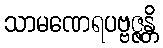
သာမဏေရပဗ္ဗဇ္ဇန္တိ